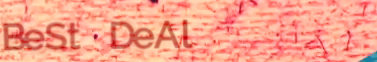
BeSt DeAl